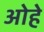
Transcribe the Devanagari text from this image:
ओहे